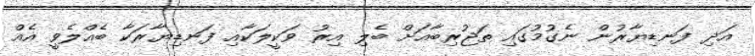
އަދި ފަނޑިޔާރުން ނެގުމުގައި ތަޖުރިބާއަށް ބެލި އިރު ވަކީލަކާއި ފަނޑިޔާރަކާ ބެއްލެވީ އެއް